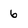
Character: 6